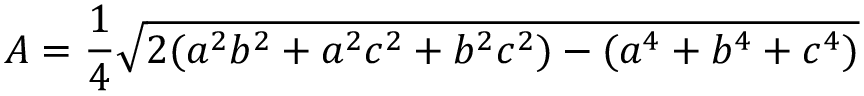
A = { \frac { 1 } { 4 } } { \sqrt { 2 ( a ^ { 2 } b ^ { 2 } + a ^ { 2 } c ^ { 2 } + b ^ { 2 } c ^ { 2 } ) - ( a ^ { 4 } + b ^ { 4 } + c ^ { 4 } ) } }